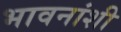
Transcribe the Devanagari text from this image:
भावनांशी